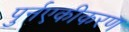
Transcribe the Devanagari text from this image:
पुर्नएकीकरण